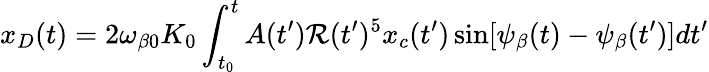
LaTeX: x_{D}(t)=2\omega_{\beta0}K_{0}\int_{t_{0}}^{t}A(t^{\prime})\mathcal{R}(t^{\prime})^{5}x_{c}(t^{\prime})\sin[\psi_{\beta}(t)-\psi_{\beta}(t^{\prime})]dt^{\prime}